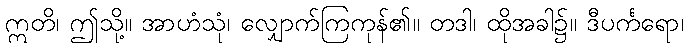
ဣတိ၊ ဤသို့။ အာဟံသုံ၊ လျှောက်ကြကုန်၏။ တဒါ၊ ထိုအခါ၌။ ဒီပင်္ကရော၊